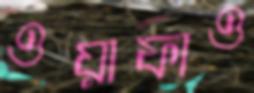
ওয়াফাও